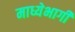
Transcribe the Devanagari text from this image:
माध्येभागी